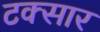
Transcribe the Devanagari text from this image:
टक्सार